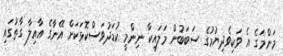
މަންމަގެ އެ ވަކިވެދިޔުމުގެ ސަބަބުން މަލައިކާ ނިންމީ ކުޑަދުވަސްކޮޅަކަށް އޭނާގެ އާއިލާ ގާތުގައި